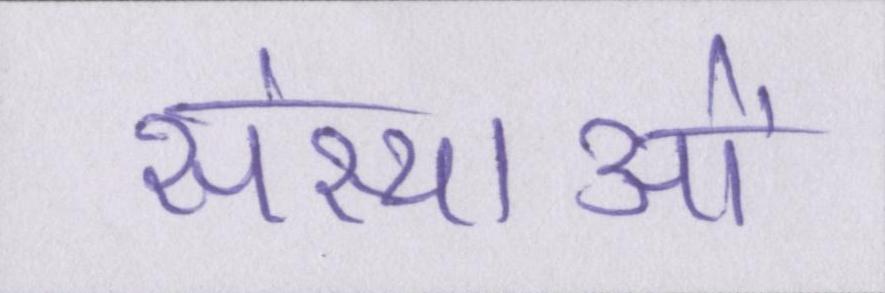
संस्थाओं